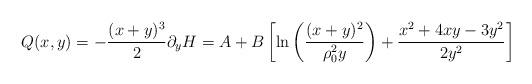
LaTeX: \begin{align*}Q(x,y)= - { (x+y)^3\over 2}\partial_y H = A + B \left[ \mathrm{ln}\left({(x+y)^2\over \rho_0^2 y}\right)+ {x^2 +4xy-3y^2\over 2y^2}\right]\end{align*}